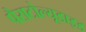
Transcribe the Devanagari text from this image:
पैराटोल्यूडाइड